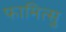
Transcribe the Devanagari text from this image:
फामित्सु